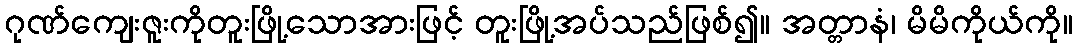
ဂုဏ်ကျေးဇူးကိုတူးဖြို့သောအားဖြင့် တူးဖြို့အပ်သည်ဖြစ်၍။ အတ္တာနံ၊ မိမိကိုယ်ကို။